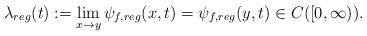
LaTeX: \begin{align*}\lambda_{reg}(t):=\lim\limits_{x\to y}\psi_{f,reg}(x,t)=\psi_{f,reg}(y,t)\in C([0,\infty)).\end{align*}